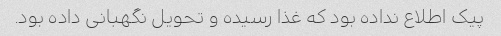
پیک اطلاع نداده بود که غذا رسیده و تحویل نگهبانی داده بود.